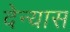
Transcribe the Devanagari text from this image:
देन्यास